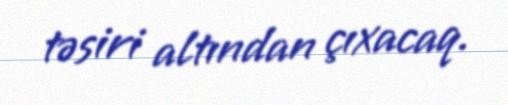
təsiri altından çıxacaq.